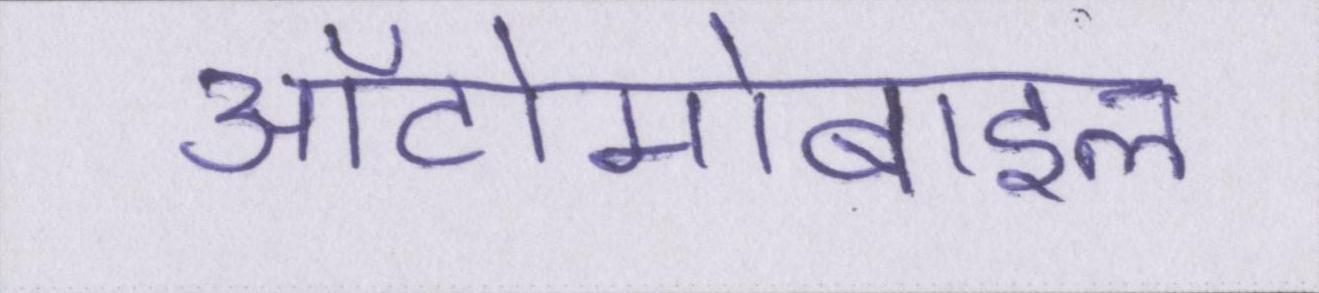
ऑटोमोबाइल